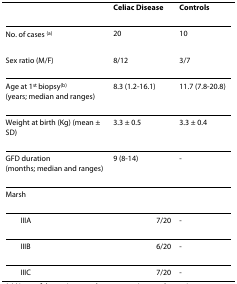
|  | Celiac Disease | Controls |
 | --- | --- | --- |
 | No. of cases (a) | 20 | 10 |
 | Sex ratio (M/F) | 8/12 | 3/7 |
 | Age at 1st biopsy(b)(years; median and ranges) | 8.3 (1.2-16.1) | 11.7 (7.8-20.8) |
 | Weight at birth (Kg) (mean ± SD) | 3.3 ± 0.5 | 3.3 ± 0.4 |
 | GFD duration(months; median and ranges) | 9 (8-14) | - |
 | Marsh |  |  |
 | IIIA | 7/20 | - |
 | IIIB | 6/20 | - |
 | IIIC | 7/20 | - |